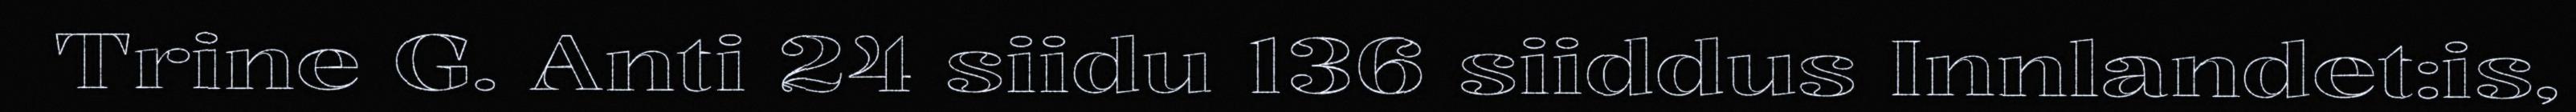
Trine G. Anti 24 siidu 136 siiddus Innlandet:is,